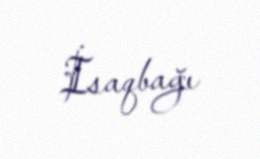
İsaqbağı